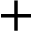
+